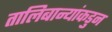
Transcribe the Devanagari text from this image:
तालिबान्यांकडुन